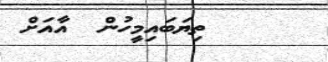
ތިޔަބައިމީހުން  އާއަށް